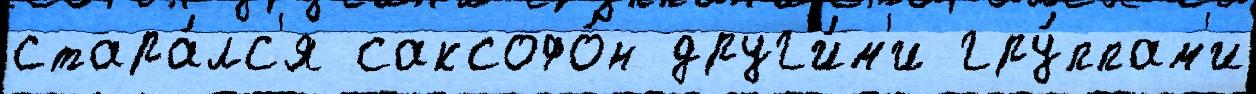
стара́лс'я саксофо́н друг'и́м'и гру́ппам'и